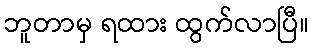
ဘူတာမှ ရထား ထွက်လာပြီ။